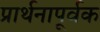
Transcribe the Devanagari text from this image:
प्रार्थनापूर्वक